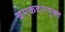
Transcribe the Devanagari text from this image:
चमकदारयुक्त